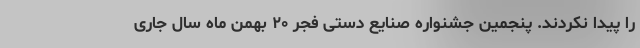
را پیدا نکردند. پنجمین جشنواره صنایع دستی فجر ۲۰ بهمن ماه سال جاری